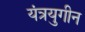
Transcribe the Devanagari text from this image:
यंत्रयुगीन